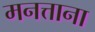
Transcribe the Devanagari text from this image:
मनत्ताना